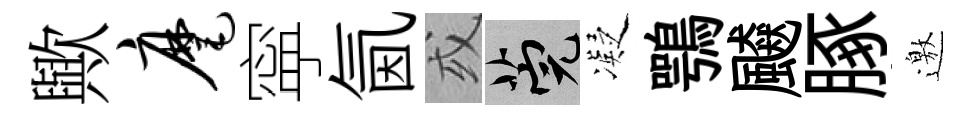
歟麾寜氤或筦凝鶚飇䐁邀